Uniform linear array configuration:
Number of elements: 4
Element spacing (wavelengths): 0.25
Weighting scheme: kaiser
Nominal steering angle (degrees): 15
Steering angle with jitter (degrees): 13.494
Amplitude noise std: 0.05
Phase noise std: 0.05

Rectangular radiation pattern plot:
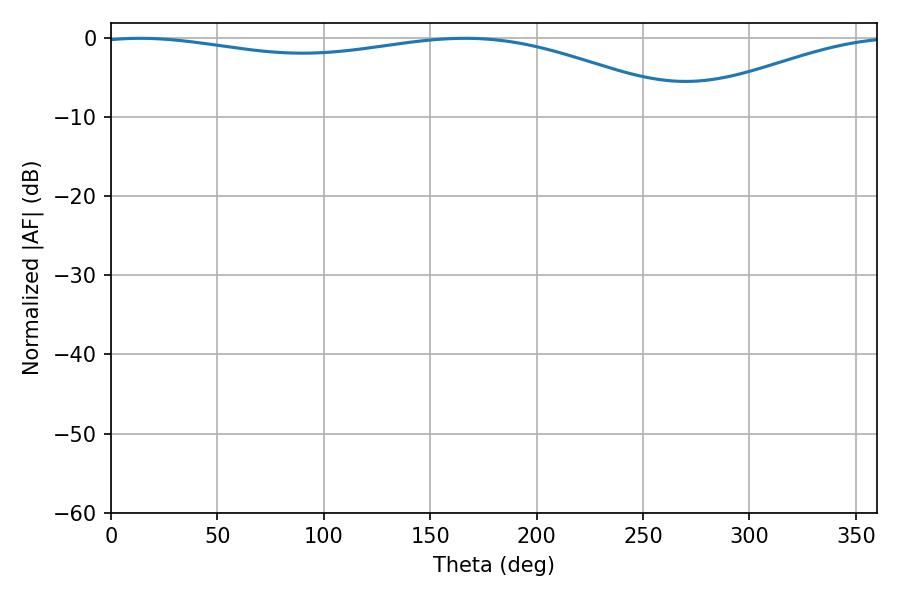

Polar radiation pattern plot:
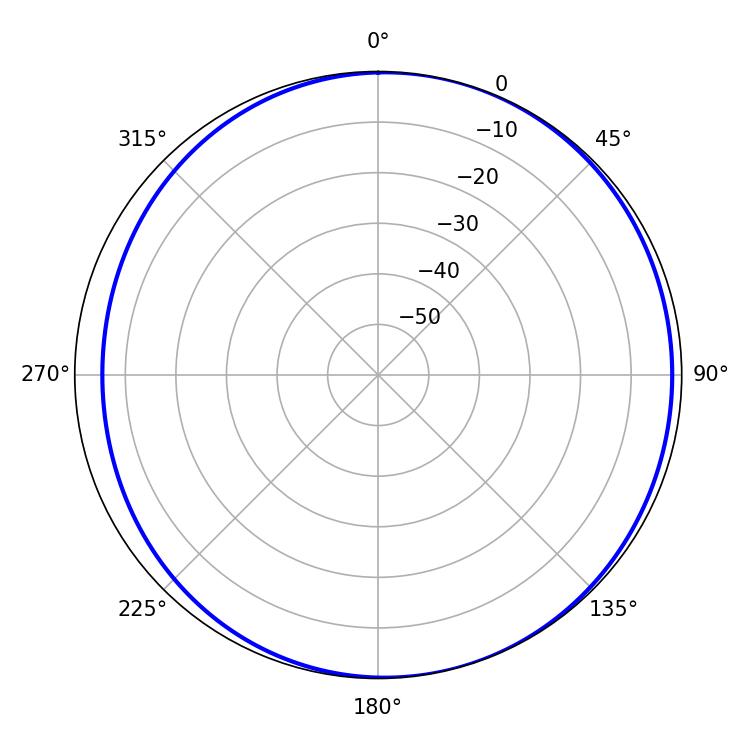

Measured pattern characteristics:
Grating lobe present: FALSE
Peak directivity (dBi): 4.742
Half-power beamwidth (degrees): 225.54
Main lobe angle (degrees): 13.68